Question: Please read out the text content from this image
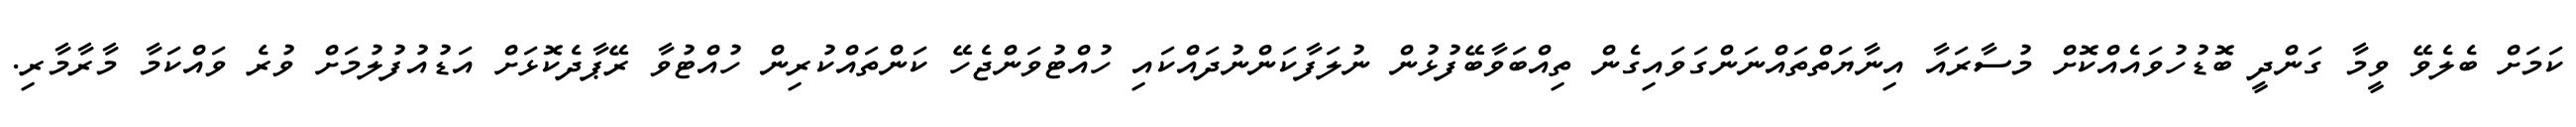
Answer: ކަމަށް ބެލެވޭ ވީމާ ގަންދީ ބޮޑުހުވައެއްކޮށް މުސާރައާ އިނާޔަތްތައްނަންގަވައިގެން ތިއްބަވާބޭފުޅުން ނުލަފާކަންނުދައްކައި ހުއްޓުވަންޖެހޭ ކަންތައްކުރިން ހުއްޓުވާ ރޭޕާދެކޮޅަށް އަޑުއުފުލުމަށް ވުރެ ވައްކަމާ މާރާމާރި.